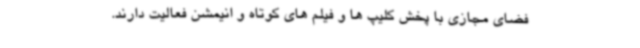
فضای مجازی با پخش کلیپ ها و فیلم های کوتاه و انیمشن فعالیت دارند.